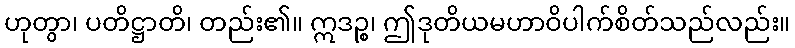
ဟုတွာ၊ ပတိဋ္ဌာတိ၊ တည်း၏။ ဣဒဉ္စ၊ ဤဒုတိယမဟာဝိပါက်စိတ်သည်လည်း။